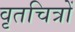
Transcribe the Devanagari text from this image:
वृतचित्रों